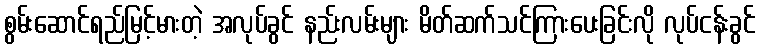
စွမ်းဆောင်ရည်မြင့်မားတဲ့ အလုပ်ခွင် နည်းလမ်းများ မိတ်ဆက်သင်ကြားပေးခြင်းလို လုပ်ငန်းခွင်